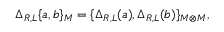
\Delta _ { R , L } \{ a , b \} _ { { \cal M } } = \{ \Delta _ { R , L } ( a ) , \Delta _ { R , L } ( b ) \} _ { { \cal M \otimes } { \cal M } } ,